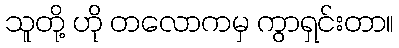
သူတို့ ဟို တလောကမှ ကွာရှင်းတာ။